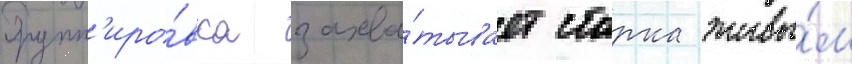
Групп'иро́вка захва́тывает старка живы́м